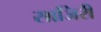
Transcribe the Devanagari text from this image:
साजिरी